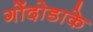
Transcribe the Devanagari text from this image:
गोंदोडाके